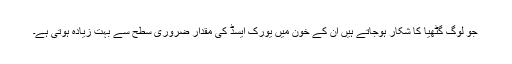
جو لوگ گٹھیا کا شکار ہوجاتے ہیں ان کے خون میں یورک ایسڈ کی مقدار ضروری سطح سے بہت زیادہ ہوتی ہے۔